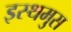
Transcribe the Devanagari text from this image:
इस्थमुस